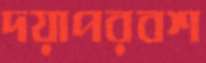
দয়াপরবশ